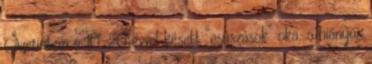
Szerintem a 10-20 évvel késett “csúszások” oka, a hiányos